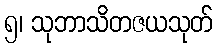
၅၊ သုဘာသိတဇယသုတ်